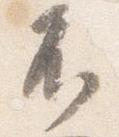
不